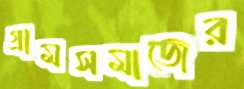
গ্রামসমাজের